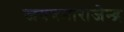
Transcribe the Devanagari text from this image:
जयचमाराजेन्द्र